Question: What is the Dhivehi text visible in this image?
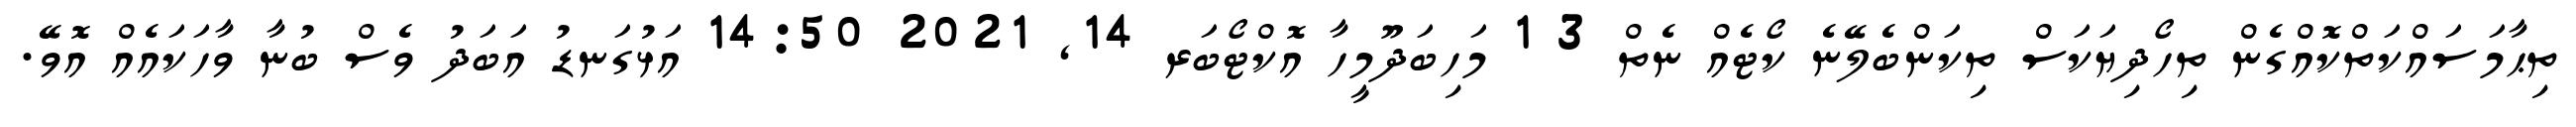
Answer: ތިޙާމަސައްކަތްކޮއްގެން ތިހޯދިޔަކަސް ތިކަންބެލޭނެ ކޯޓެއް ނެތް 3 1 މަހިބަދޫމީހާ އޮކްޓޯބަރ 14, 2021 14:50 އަޅުގަނޑު އަބަދު ވެސް ބުނާ ވާހަކައެއް އޮވޭ.